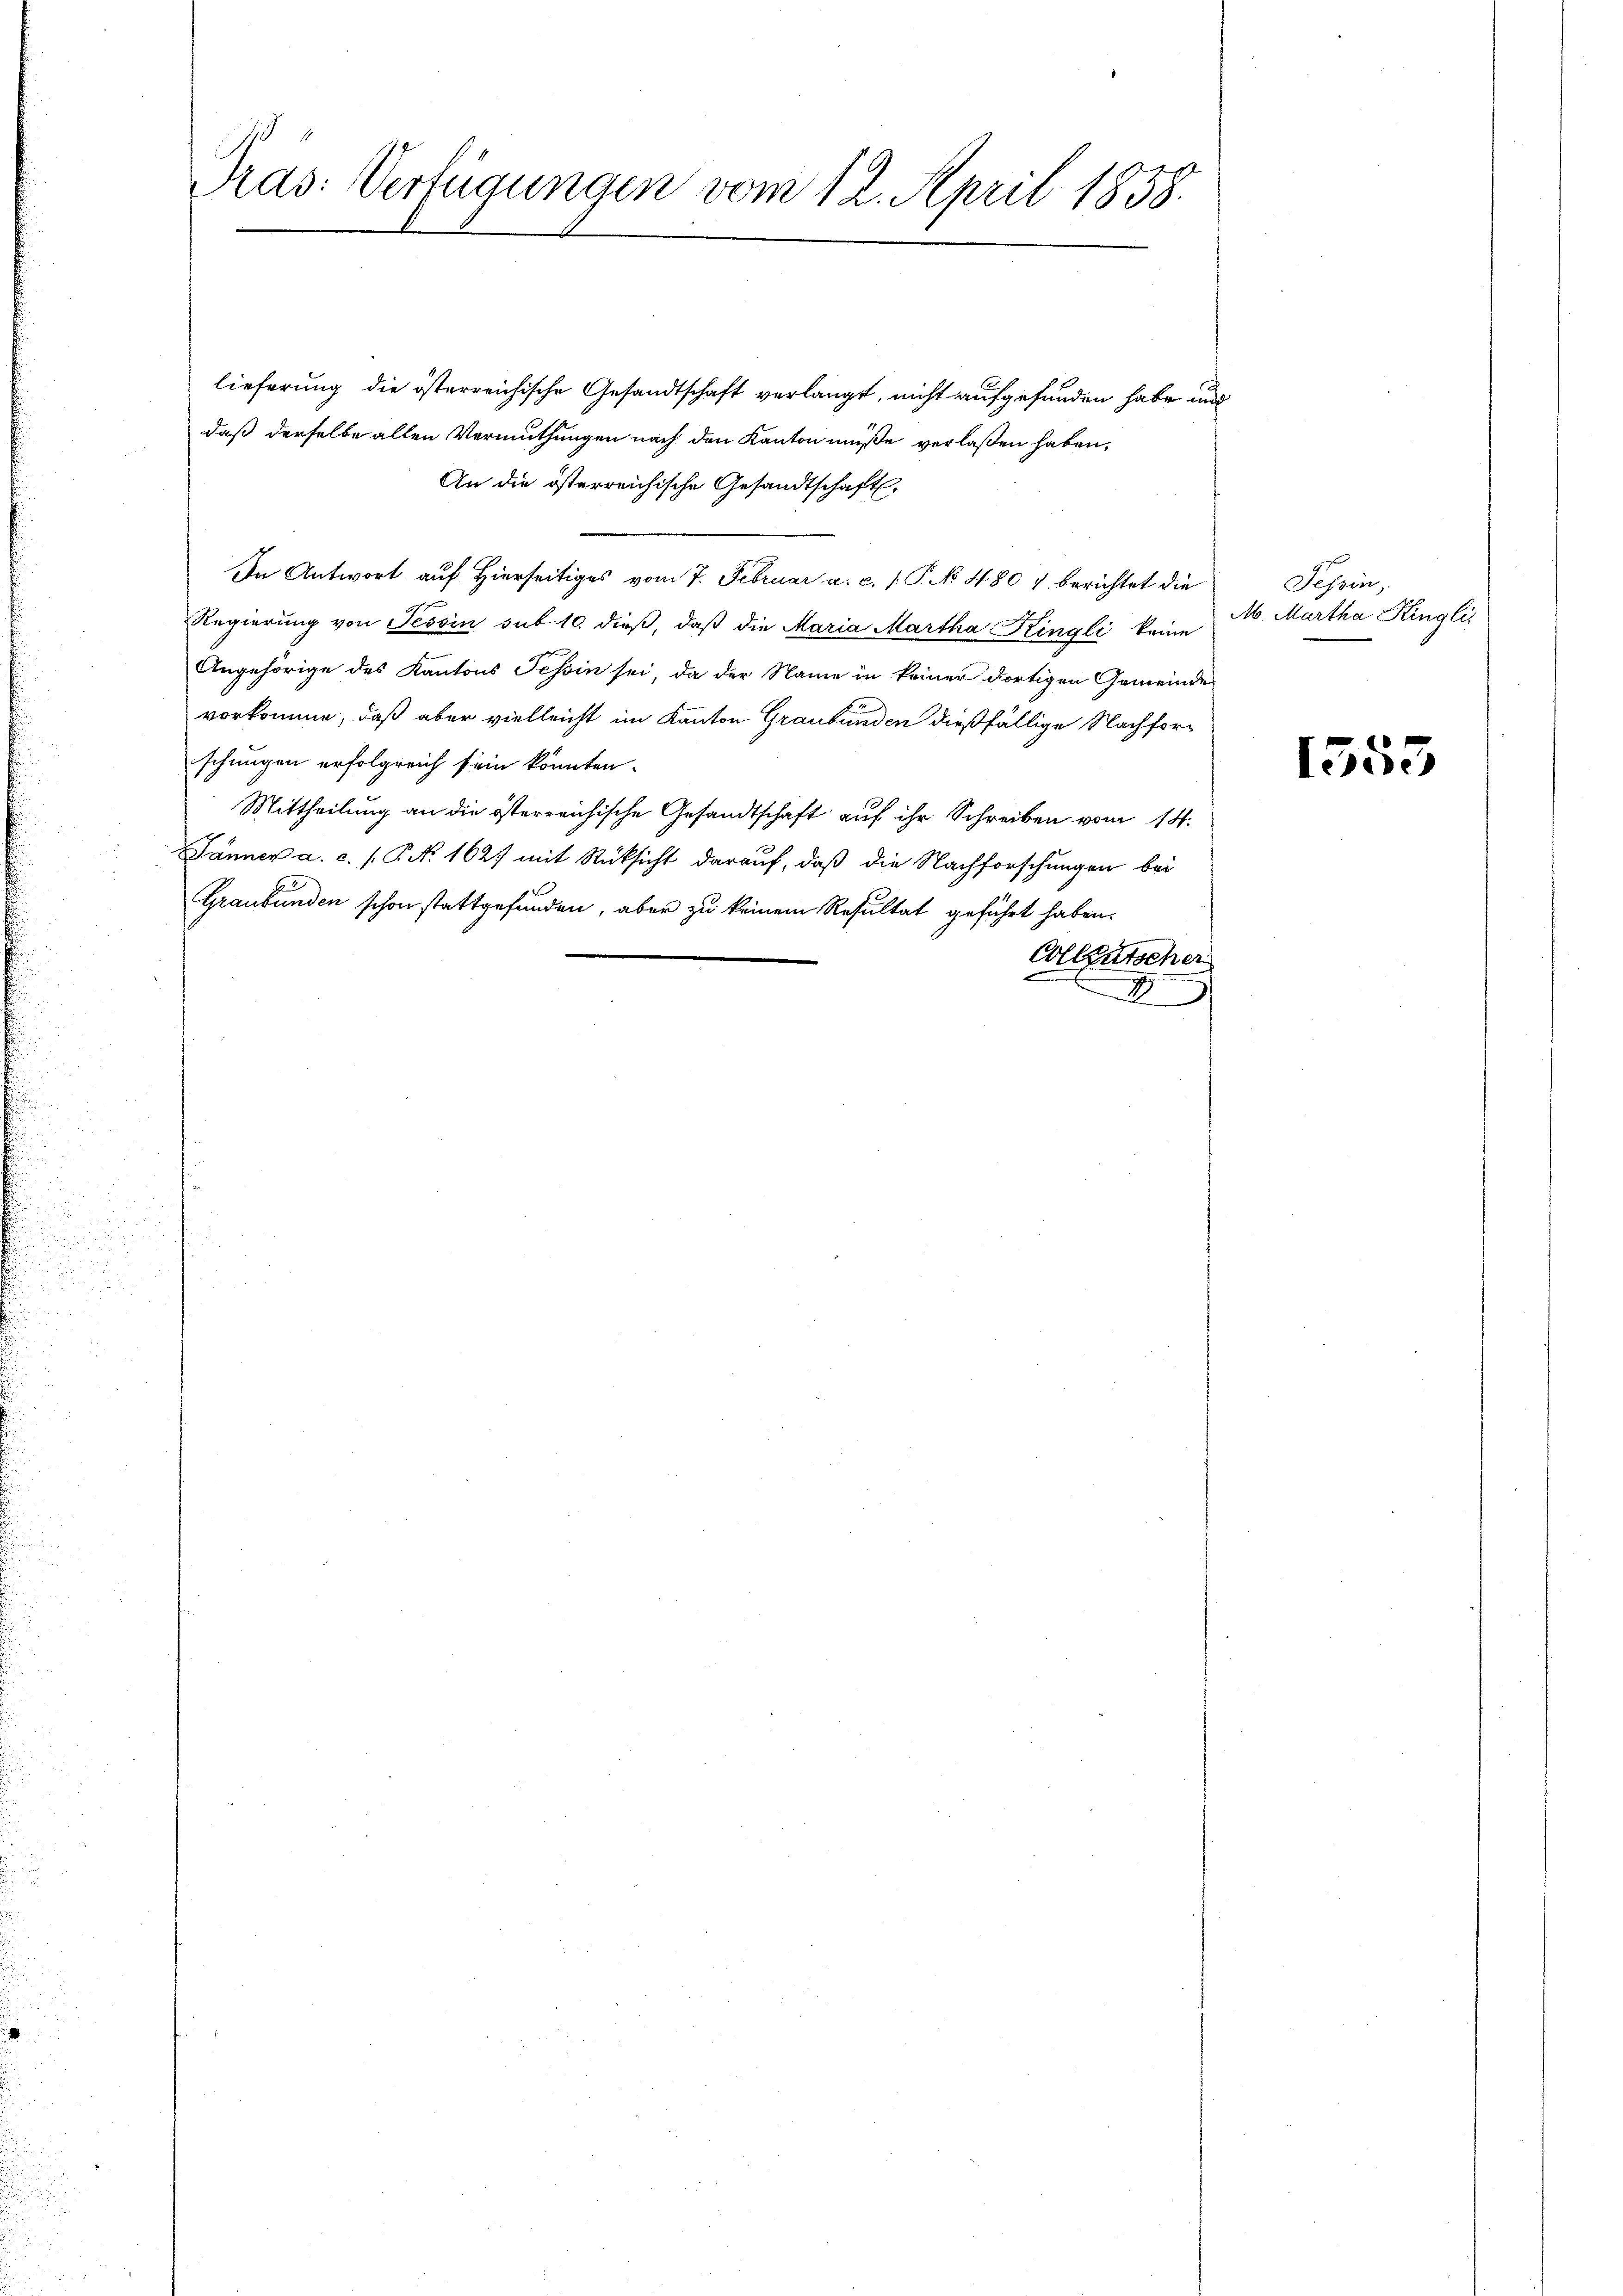
lieferung die österreichische Gesandtschaft verlangt, nicht aufgefunden habe und
daß derselbe allen Vermuthungen nach den Kanton müße verlaßen haben,
An die österreichische Gesandtschaft.
In Antwort auf Hierseitiges vom 7. Februar a. c. /. P. No 480 & berichtet die
Regierung von Tessin sub 10. dieß, daß die Maria Martha Kingli keine
Angehörige des Kantons Tessin sei, da der Name in keiner dortigen Gemeinde
vorkomme, daß aber vielleicht im Kanton Graubünden dießfällige Nachforschungen erfolgreich sein könnten.
Mittheilung an die österreichische Gesandtschaft auf ihr Schreiben vom 14.
Jänner a. c. /. P. N. 162) mit Rücksicht darauf, daß die Nachforschungen bei
Graubünden schon stattgefunden, aber zu keinem Resultat geführt haben.
Colleutscher
.

Pras: Verfügungen vom 12. April 1858.

Tessin,
M. Martha Kingli

1553